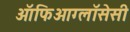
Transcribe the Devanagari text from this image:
ऑफिओग्लॉसेसी